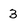
Character: 3